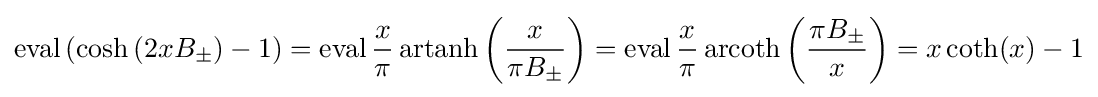
\operatorname {eval} \left(\cosh \left(2xB_{\pm }\right)-1\right)=\operatorname {eval} {\frac {x}{\pi }}\operatorname {artanh} \left({\frac {x}{\pi B_{\pm }}}\right)=\operatorname {eval} {\frac {x}{\pi }}\operatorname {arcoth} \left({\frac {\pi B_{\pm }}{x}}\right)=x\coth(x)-1